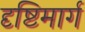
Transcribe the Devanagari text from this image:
दृष्टिमार्ग